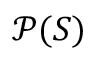
{ \mathcal { P } } ( S )